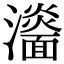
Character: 𤃨